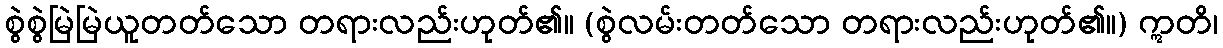
စွဲစွဲမြဲမြဲယူတတ်သော တရားလည်းဟုတ်၏။ (စွဲလမ်းတတ်သော တရားလည်းဟုတ်၏။) ဣတိ၊